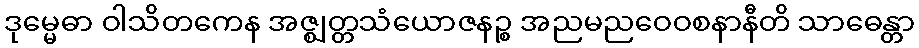
ဒုမ္မေဓာ ဝါသိတကေန အဇ္ဈတ္တသံယောဇနဉ္စ အညမညဝေဝစနာနီတိ သာဓေန္တာ